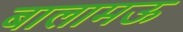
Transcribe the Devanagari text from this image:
बालामऊ